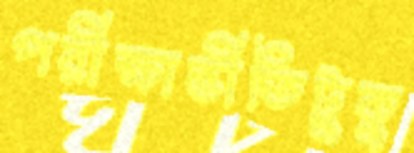
পরীক্ষাভীতিটুকু